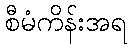
စီမံကိန်းအရ